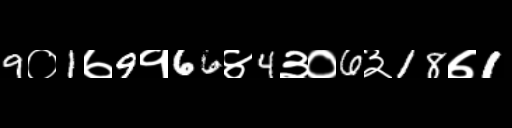
Text: 9०1७9१66४4३०6३18७1